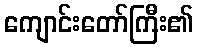
ကျောင်းတော်ကြီး၏